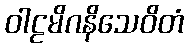
ဝါဠမိဂနိသေဝိတံ